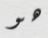
هو